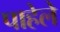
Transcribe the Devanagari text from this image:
पाहेले